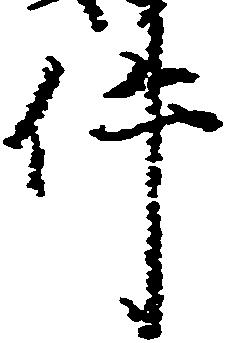
件